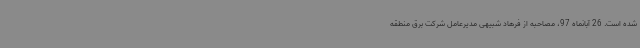
شده است. 26 آبانماه 97، مصاحبه از فرهاد شبیهی مدیرعامل شرکت برق منطقه